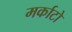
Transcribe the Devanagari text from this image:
मर्काटो